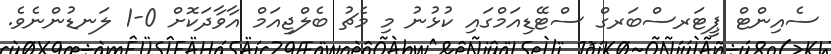
ސެއިންޓް ޕީޓަރސްބަރގް ސްޓޭޑިއަމްގައި ކުޅުނު މި މެޗު ބެލްޖިއަމް އާވާދަކޮށް 0-1 ލަނޑުންނެވެ.